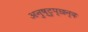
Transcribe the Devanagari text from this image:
अनुष्टुप्‌छन्दः